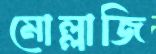
মোল্লাজি